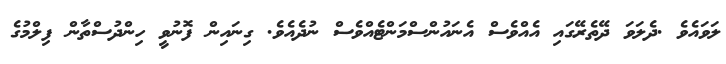
ލަވައެވެ .ދެލަވަ ދޭތެރޭގައި އެއްވެސް އެނައުންސްމަންޓެއްވެސް ނުދެއެވެ. ގިނައިން ފޮނުވީ ހިންދުސްތާން ފިލްމުގެ